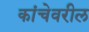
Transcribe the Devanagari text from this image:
कांचेवरील